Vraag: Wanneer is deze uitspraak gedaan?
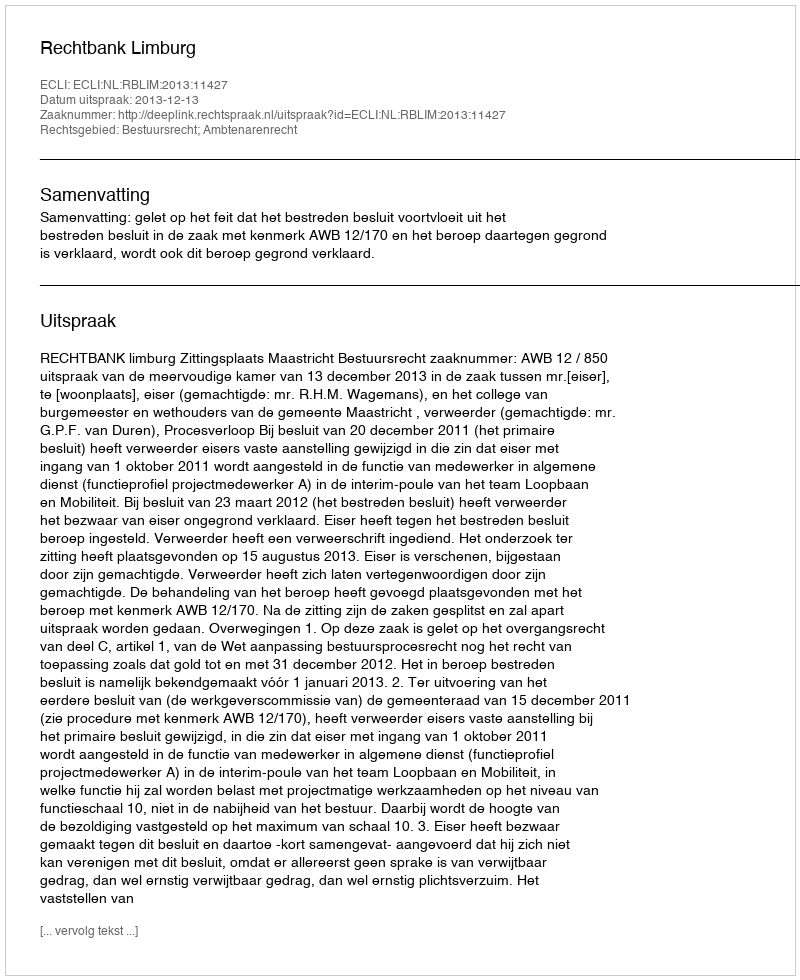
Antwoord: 2013-12-13